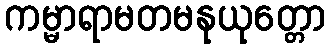
ကမ္မာရာမတမနုယုတ္တော